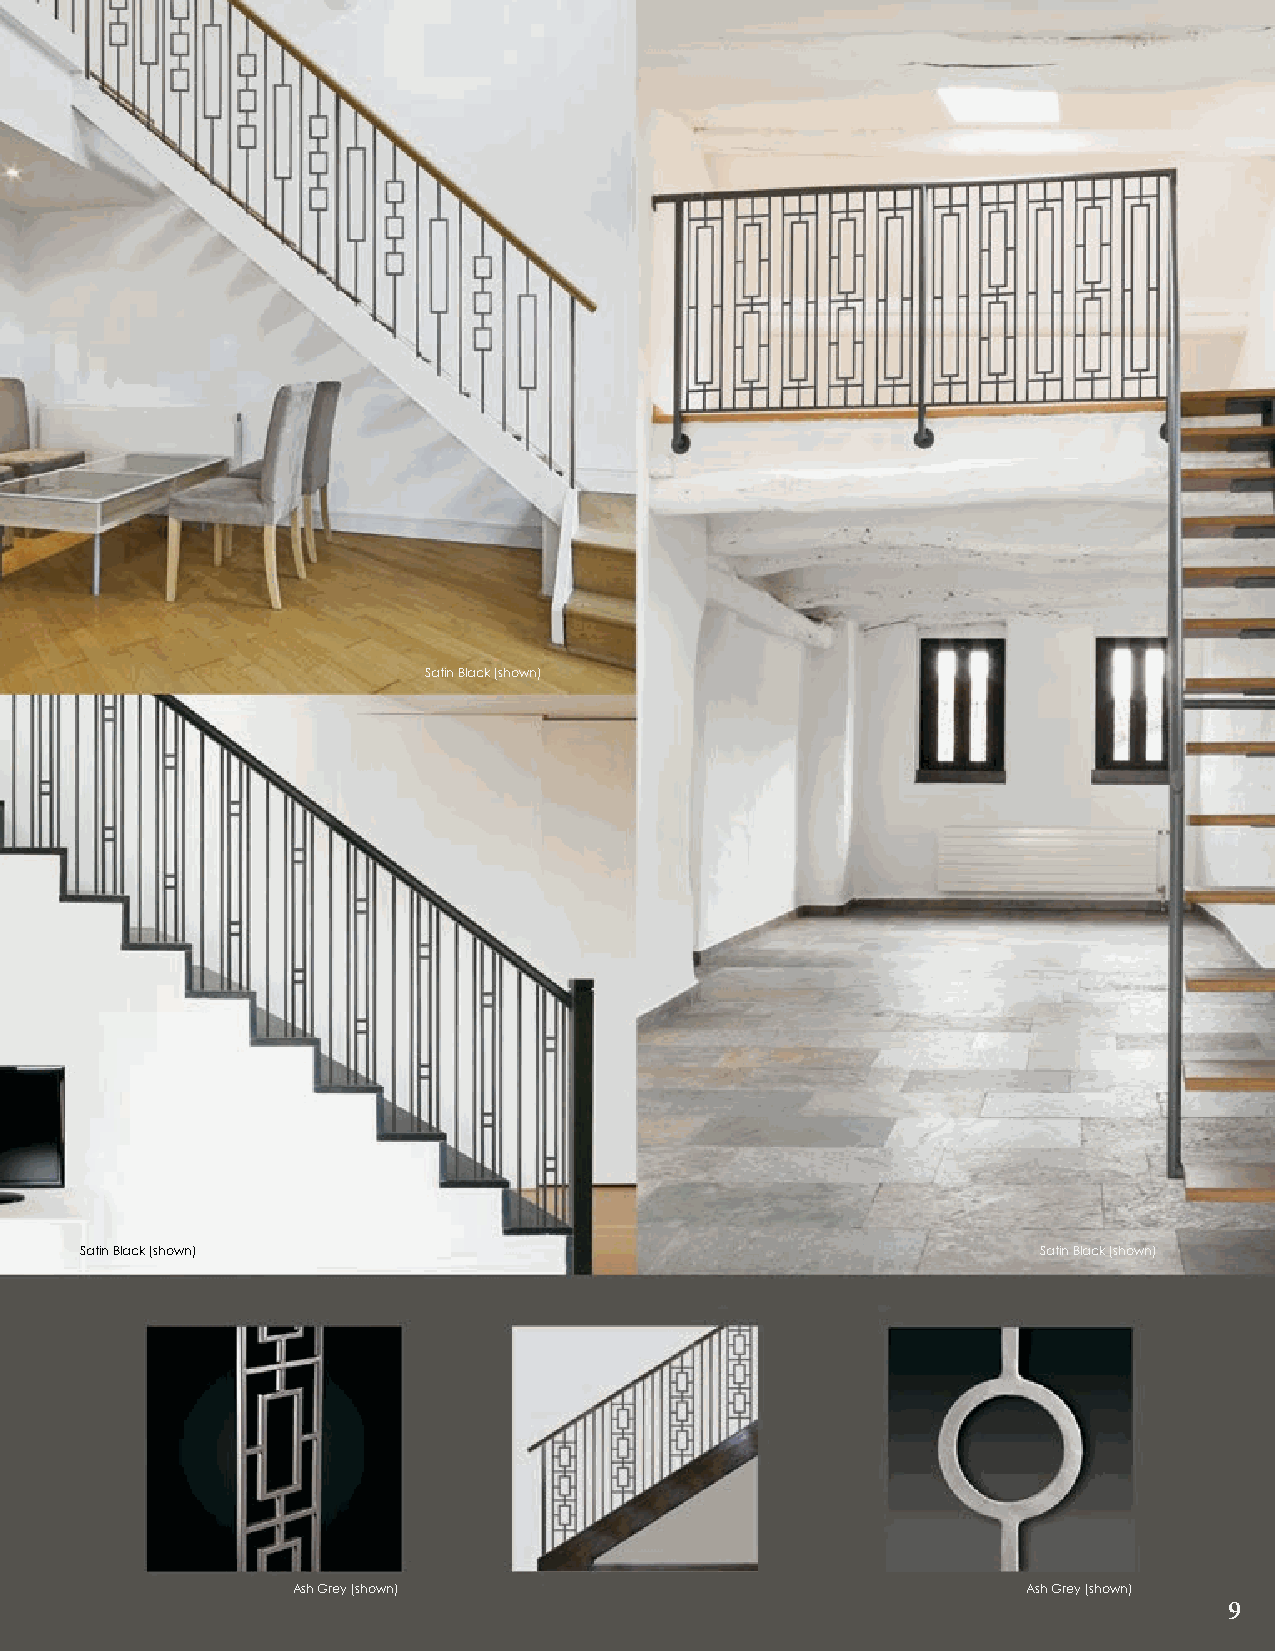
Satin Black (shown)
 Satin Black (shown)                                             Satin Black (shown)
 Ash Grey (shown)                                 Ash Grey (shown)
 9